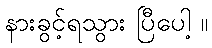
နားခွင့်ရသွား ပြီပေါ့ ။